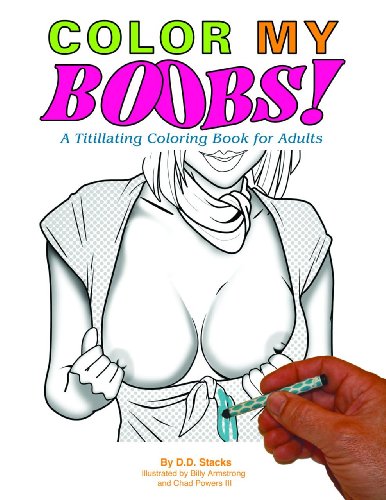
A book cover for COLOR MY BOOBS: A Titillating Coloring Book for Adults; D.D. Stacks; Arts & Photography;